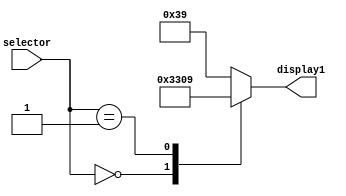
module top(selector, display1);
	input [3:0] selector;
	output reg [6:0] display1;
		
		always @(selector)
			begin
				case(selector)
					0: display1 = 7'b1100110;
					1: display1 = 7'b0001001;
					default: display1 = 7'b0111001;
				endcase
			
			
			end
endmodule